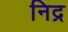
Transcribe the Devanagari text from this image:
निद्र